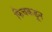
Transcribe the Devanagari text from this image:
फिचकडून